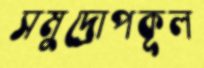
সমুদ্রোপকূল